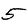
Digit: 5